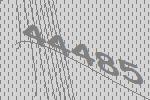
44485